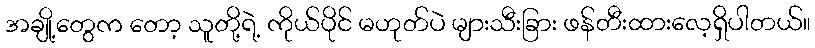
အချို့တွေက တော့ သူတို့ရဲ့ ကိုယ်ပိုင် မဟုတ်ပဲ များသီးခြား ဖန်တီးထားလေ့ရှိပါတယ်။